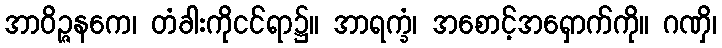
အာဝိဉ္ဇနကေ၊ တံခါးကိုငင်ရာ၌။ အာရက္ခံ၊ အစောင့်အရှောက်ကို။ ဂဏှိ၊